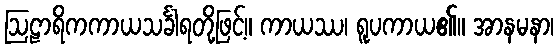
ဩဠာရိကကာယသင်္ခါရတို့ဖြင့်။ ကာယဿ၊ ရူပကာယ၏။ အာနမနာ၊